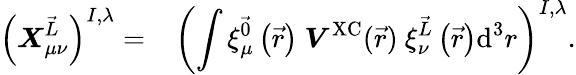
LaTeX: \left(\boldsymbol{X}_{\mu\nu}^{\vec{L}}\right)^{I,\lambda}=\phantom{+}\left(\int\xi_{\mu}^{\vec{0}}\left(\vec{r}\right)~\boldsymbol{V}^{\textrm{XC}}(\vec{r})~\xi_{\nu}^{\vec{L}}\left(\vec{r}\right)\textrm{d}^{3}r\right)^{I,\lambda}.